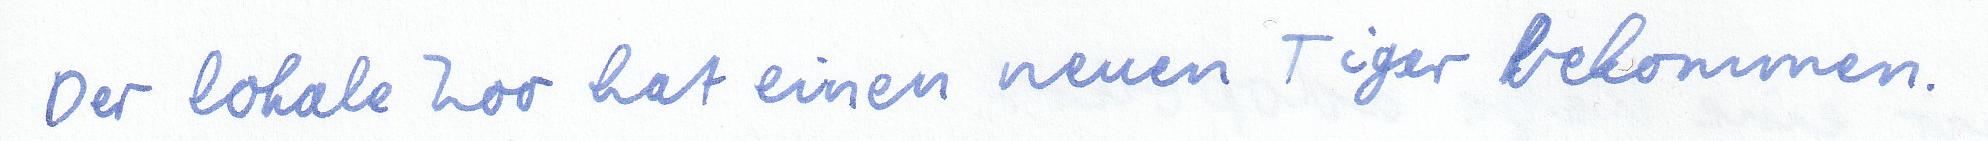
Der lokale Zoo hat einen neuen Tiger bekommen.